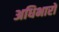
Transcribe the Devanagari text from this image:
अधिभारों